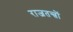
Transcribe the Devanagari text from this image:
राजतन्त्रों